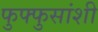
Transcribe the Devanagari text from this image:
फुफ्फुसांशी